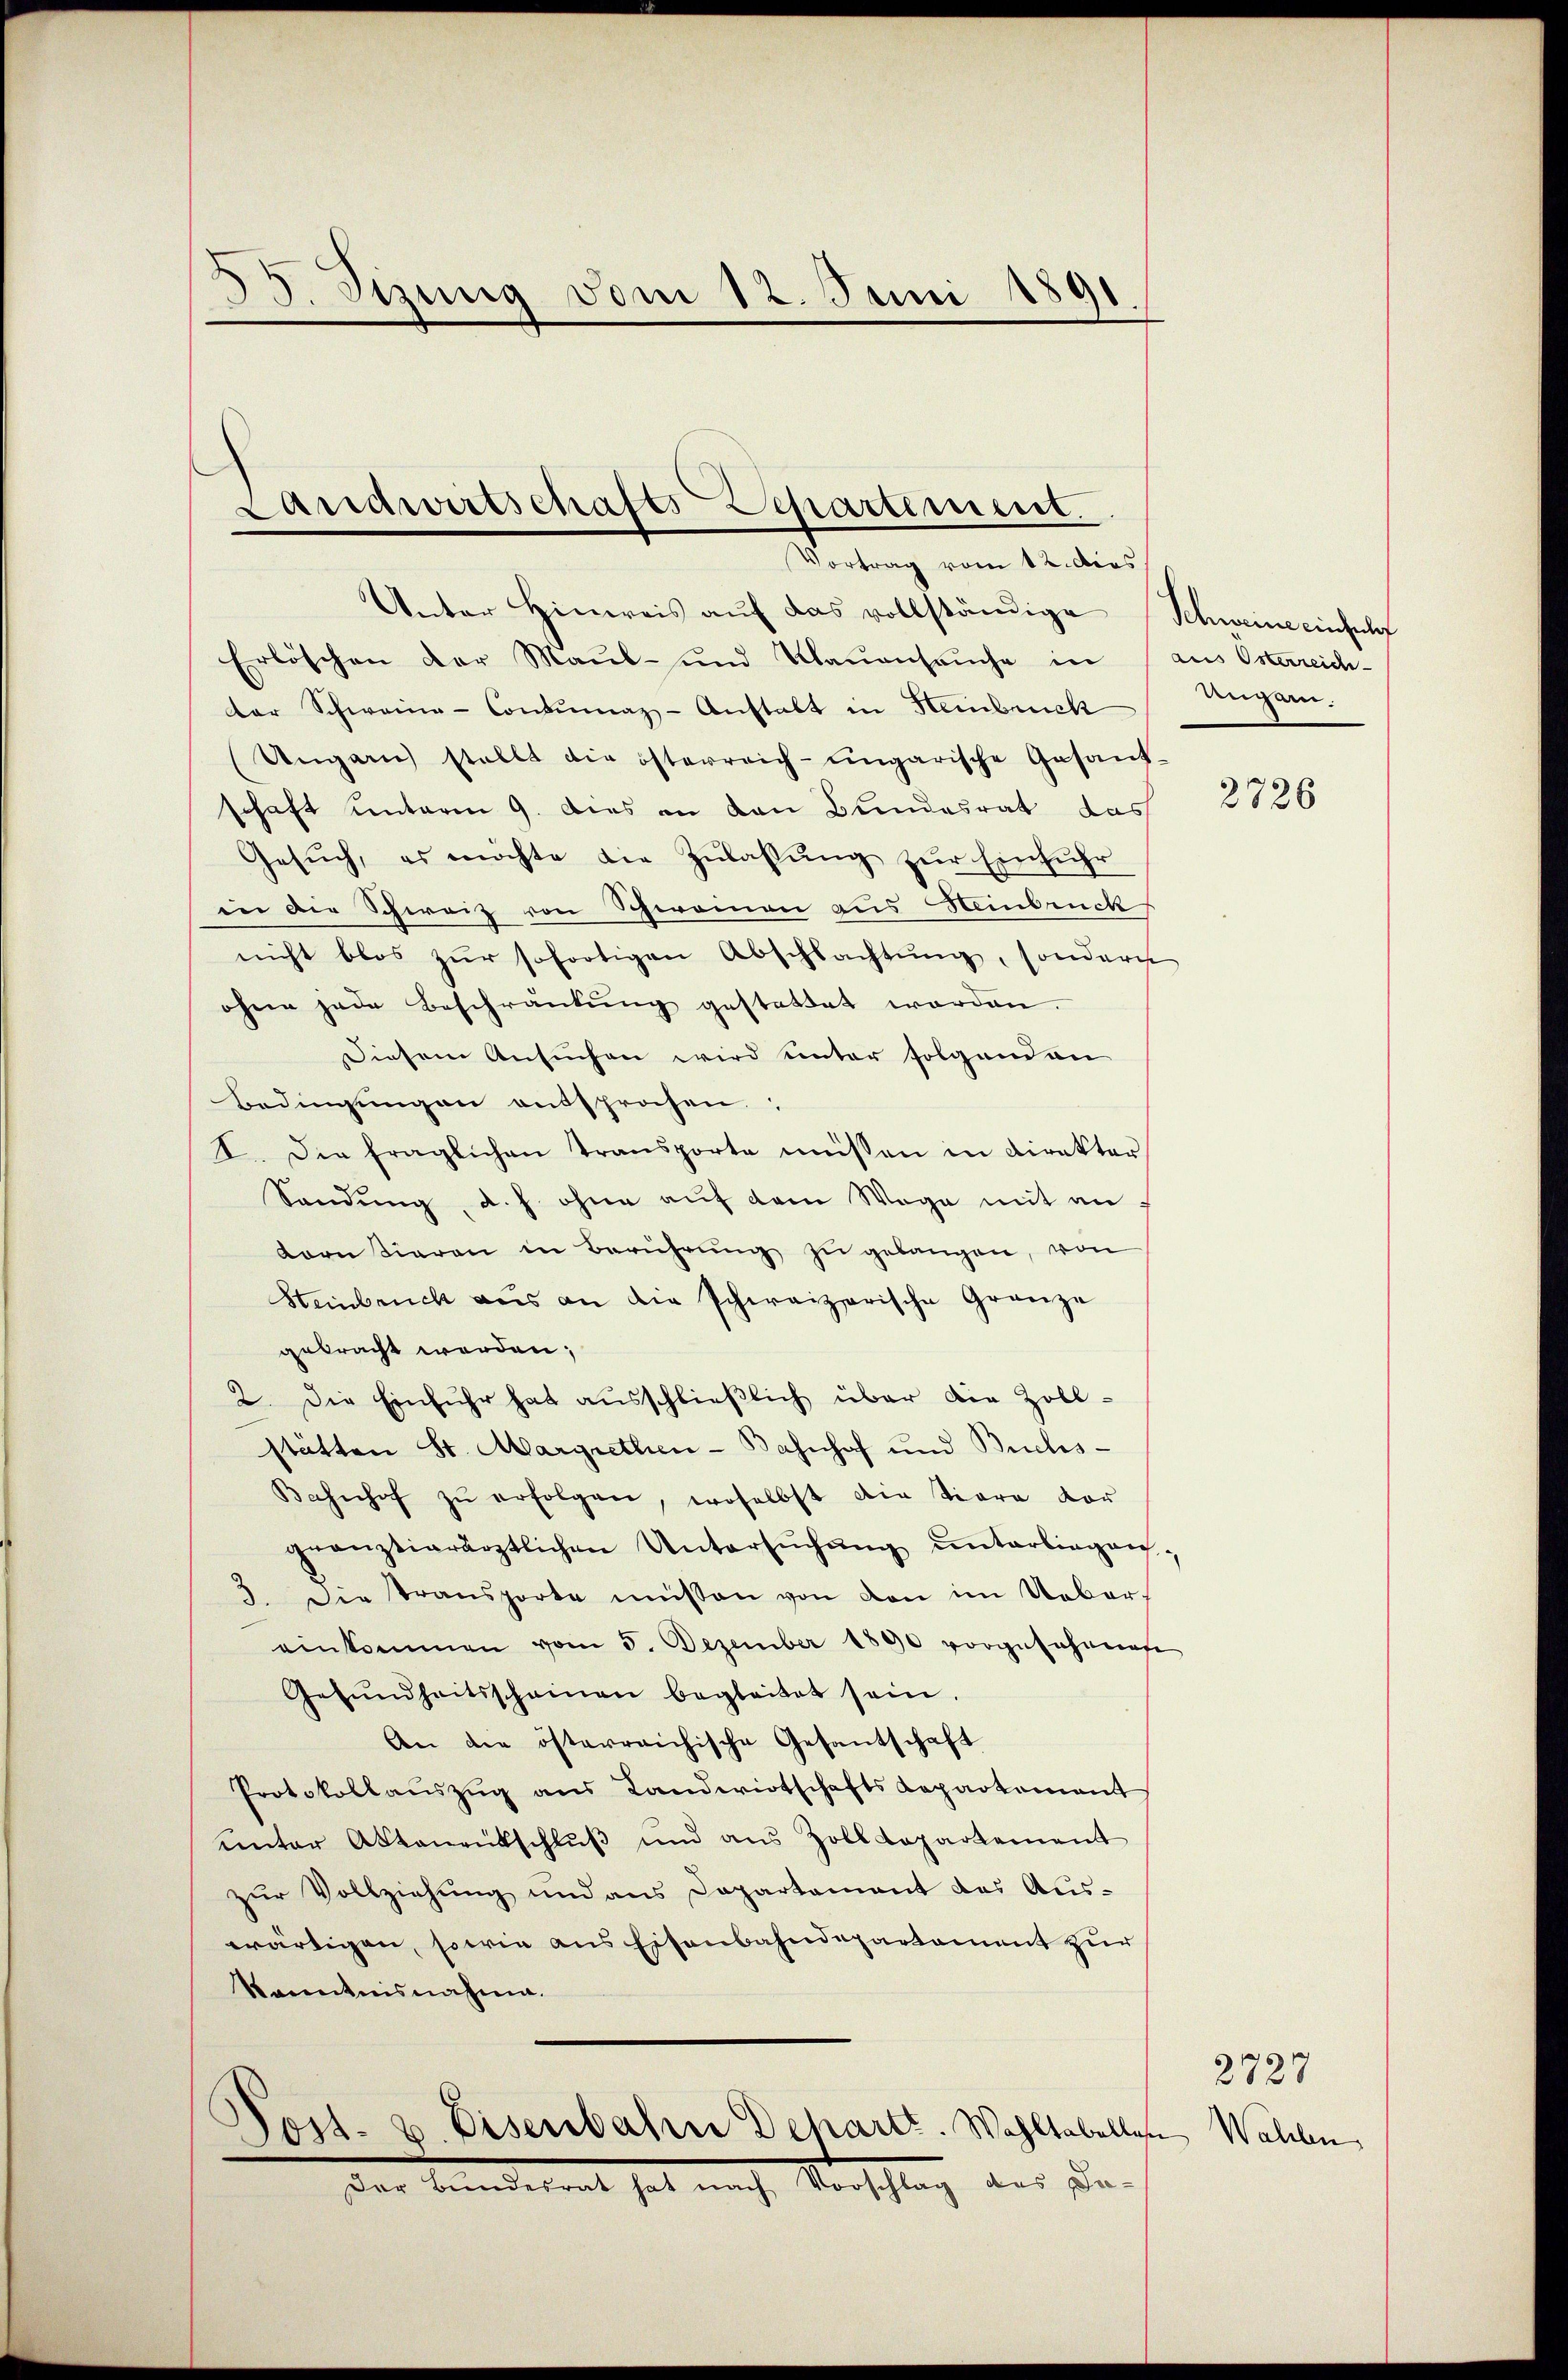
35. Sitzung vom 12. Juni 1891.

Landwirtschafts-Departement.
Vortrag vom 12. dies

Unter Hinweis auf das vollständige Schweine einscht
Erlöschen der Maul- und Maŭensaŭche in (aus Osterreich-
der Schweine-Contumaz-Anstalt in Heinbrück
Ungarn stellt die österreich-ungarische Gesand-
schaft unterm 9. Dies an den Bundesrat das
Gesŭch, es möchte die Zŭlassŭng zŭr Einfŭhr
in die Schweiz von Schweinen aus Heinbruck
nicht blos zŭr sofortigen Abschlachtŭng, sondern
ohne jede Beschränkung gestattet werden.
Diesem Ansŭchen wird unter folgend an
Bedingungen entsprochen;
I. Die fraglichen Transporte müssen in Direkter
Sandŭng, d. h. ohne aŭf dem Wege mit anf
dorn tieren in Berührŭng zŭ gelangen, von
Steinbruck aus an die schweizerische Gränze
gebracht werden;
2. Die Einfuhr hat ausschließlich über die Zollstätten St. Margrethen-Bahnhof und Buchs-
Bahnhof zŭ erfolgen, woselbst die Tiera vor
gränztierärztlichen Untersŭchŭng ŭnterliegen.
3. Die Transporte müssen von von im Ueber-
einkommen vom 5. Dezember 1890 vorgesehente
Gesŭndheitsscheinen begleitet sein.
An die österreichische Gesantschaft
Protokollaŭszŭg ans Landwirtschafts Repartement
ŭnter Aktenentschlŭβ und aus Zolldepartement
zur Vollziehung und aus Departement des Auswärtigen, sowie aus Eisenbahndepartament zur
kanntnisnahme.
Poss. v. Eisenbahn Departe. Wohltabellen Wahlen,
Der Kindetent hat nach Vorschlag des De-

Ungarn.

2726

2727